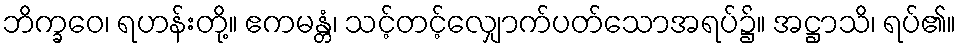
ဘိက္ခဝေ၊ ရဟန်းတို့။ ဧကမန္တံ၊ သင့်တင့်လျှောက်ပတ်သောအရပ်၌။ အဋ္ဌာသိ၊ ရပ်၏။